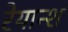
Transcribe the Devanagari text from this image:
रेयान्श